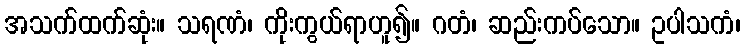
အသက်ထက်ဆုံး။ သရဏံ၊ ကိုးကွယ်ရာဟူ၍။ ဂတံ၊ ဆည်းကပ်သော။ ဥပါသကံ၊